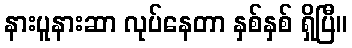
နားပူနားဆာ လုပ်နေတာ နှစ်နှစ် ရှိပြီ။